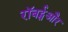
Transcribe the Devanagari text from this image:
रॉबर्ट्सऔर